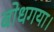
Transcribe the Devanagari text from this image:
बोधगया।